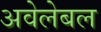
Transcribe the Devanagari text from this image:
अवेलेबल